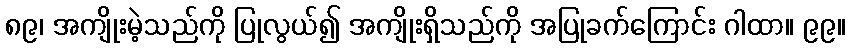
၈၉၊ အကျိုးမဲ့သည်ကို ပြုလွယ်၍ အကျိုးရှိသည်ကို အပြုခက်ကြောင်း ဂါထာ။ ၉၉။